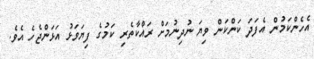
އެހެންކަމުން އެފަދަ ކަންކަން ވިޔަ ނުދިނުމަށް ރައްކާތެރި ކަމުގެ ފިޔަވަޅު އަޅަންޖެހެ އެވެ.